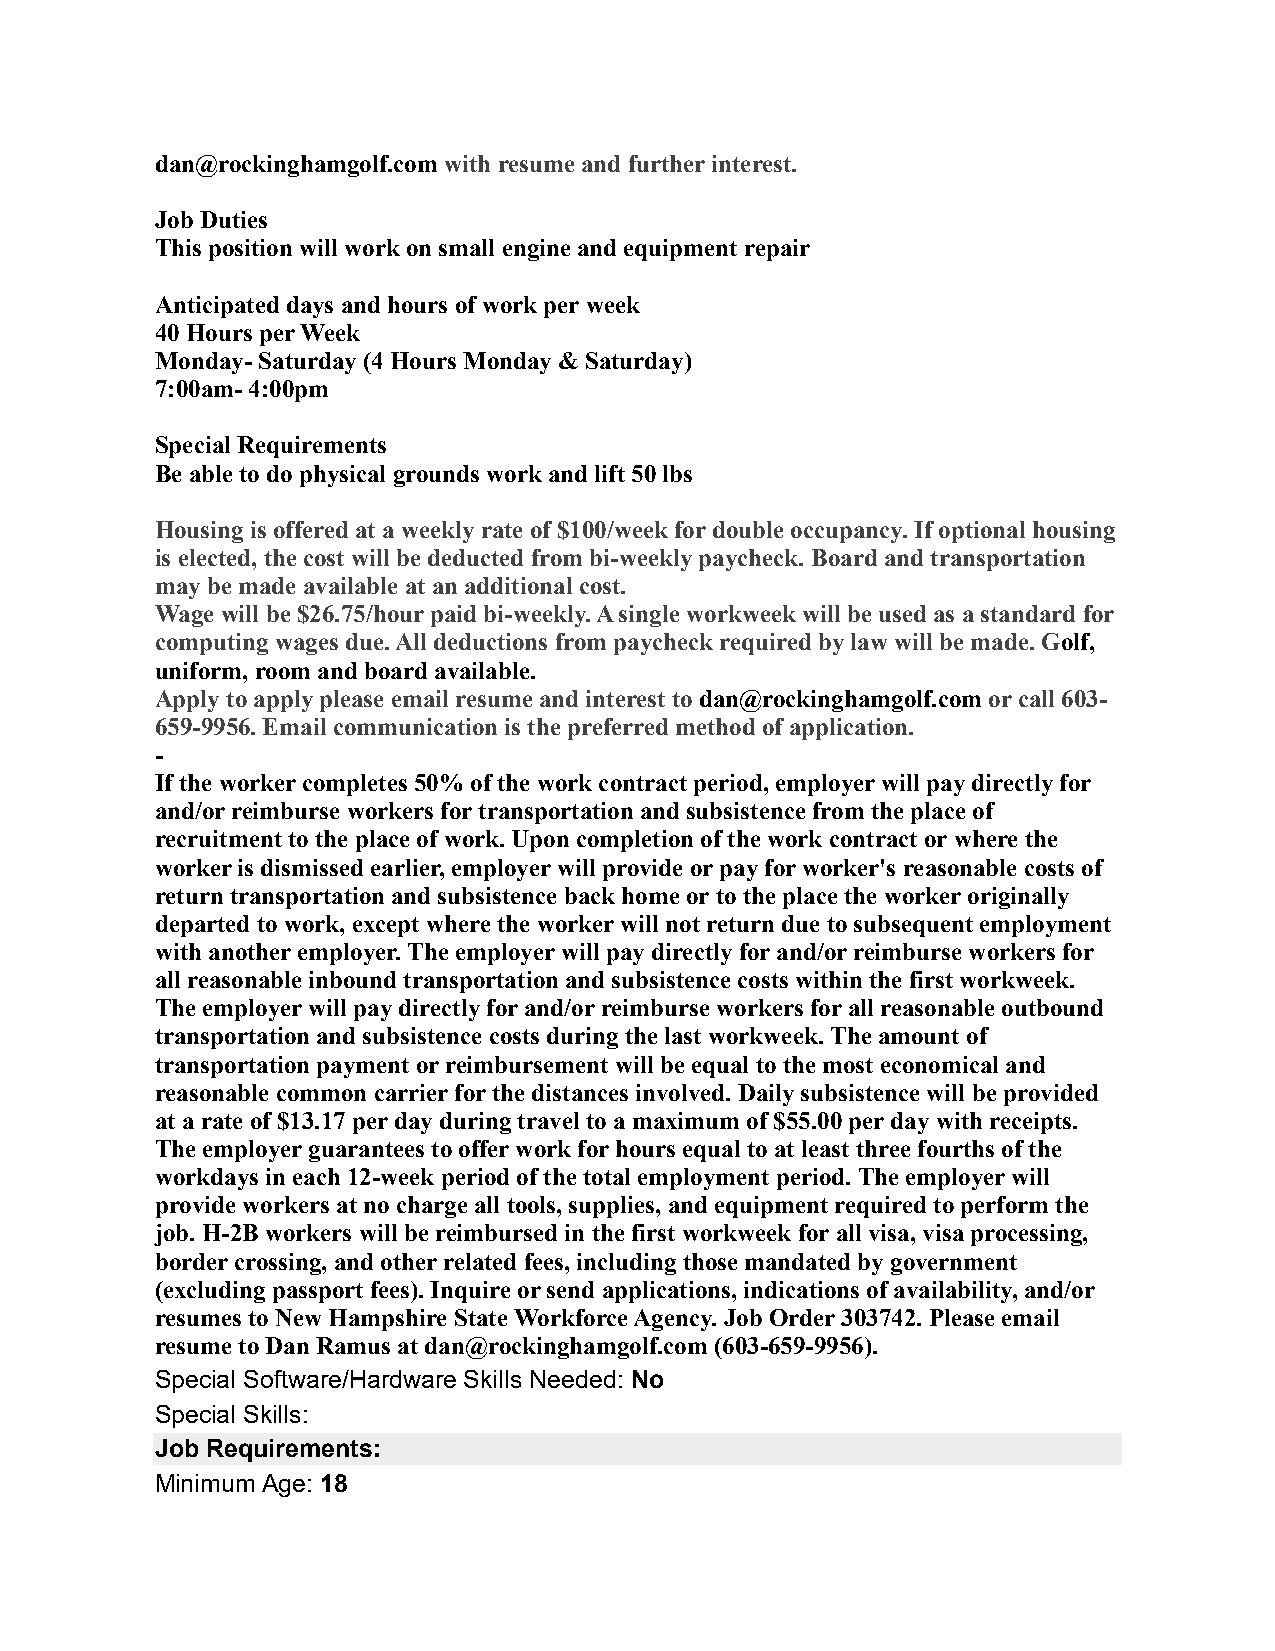
dan@rockinghamgolf.com with resume and further interest.
 Job Duties
 This position will work on small engine and equipment repair
 Anticipated days and hours of work per week
 40 Hours per Week
 Monday- Saturday (4 Hours Monday & Saturday)
 7:00am- 4:00pm
 Special Requirements
 Be able to do physical grounds work and lift 50 lbs
 Housing is offered at a weekly rate of $100/week for double occupancy. If optional housing
 is elected, the cost will be deducted from bi-weekly paycheck. Board and transportation
 may be made available at an additional cost.
 Wage will be $26.75/hour paid bi-weekly. A single workweek will be used as a standard for
 computing wages due. All deductions from paycheck required by law will be made. Golf,
 uniform, room and board available.
 Apply to apply please email resume and interest to dan@rockinghamgolf.com or call 603-
 659-9956. Email communication is the preferred method of application.
 -
 If the worker completes 50% of the work contract period, employer will pay directly for
 and/or reimburse workers for transportation and subsistence from the place of
 recruitment to the place of work. Upon completion of the work contract or where the
 worker is dismissed earlier, employer will provide or pay for worker's reasonable costs of
 return transportation and subsistence back home or to the place the worker originally
 departed to work, except where the worker will not return due to subsequent employment
 with another employer. The employer will pay directly for and/or reimburse workers for
 all reasonable inbound transportation and subsistence costs within the first workweek.
 The employer will pay directly for and/or reimburse workers for all reasonable outbound
 transportation and subsistence costs during the last workweek. The amount of
 transportation payment or reimbursement will be equal to the most economical and
 reasonable common carrier for the distances involved. Daily subsistence will be provided
 at a rate of $13.17 per day during travel to a maximum of $55.00 per day with receipts.
 The employer guarantees to offer work for hours equal to at least three fourths of the
 workdays in each 12-week period of the total employment period. The employer will
 provide workers at no charge all tools, supplies, and equipment required to perform the
 job. H-2B workers will be reimbursed in the first workweek for all visa, visa processing,
 border crossing, and other related fees, including those mandated by government
 (excluding passport fees). Inquire or send applications, indications of availability, and/or
 resumes to New Hampshire State Workforce Agency. Job Order 303742. Please email
 resume to Dan Ramus at dan@rockinghamgolf.com (603-659-9956).
 Special Software/Hardware Skills Needed: No
 Special Skills:
 Job Requirements:
 Minimum Age: 18